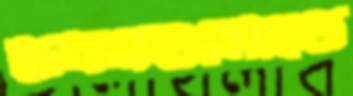
ভবনগুলোতে